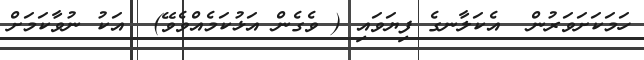
ހަމަކަށަވަރުން  އެކަލާނގެ ފިޔަވައި ( ވެގެން އަޅުކަމެއްވެވޭ)  އަކު ނުވާކަމަށް